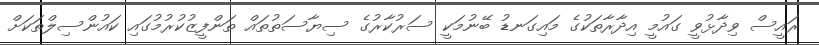
ރައީސް ވިދާޅުވީ ގައުމީ އިދާރާތަކުގެ މައިގަނޑު ބޭނުމަކީ ސަރުކާރުގެ ސިޔާސަތުތައް ތަންފީޒުކުރުމުގައި ކައުންސިލްތަކަށް